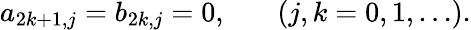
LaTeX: a_{2k+1,j}=b_{2k,j}=0,\ \ \ \ \ \ \ (j,k=0,1,\ldots).